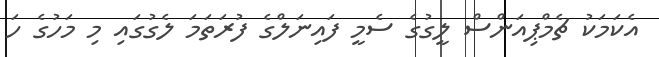
އެކަމަކު ޗެމްޕިއަންސް ލީގުގެ ސެމީ ފައިނަލްގެ ފުރަތަމަ ލެގުގައި މި މަހުގެ ހަ